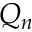
Q _ { n }